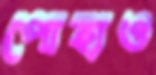
পোহাও